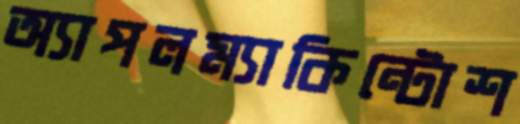
অ্যাপলম্যাকিন্টোশ